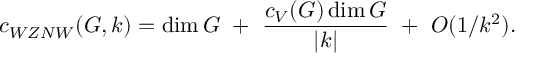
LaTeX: c _ { W Z N W } ( G , k ) = \dim G ~ + ~ { \frac { c _ { V } ( G ) \dim G } { | k | } } ~ + ~ { \cal O } ( 1 / k ^ { 2 } ) .